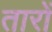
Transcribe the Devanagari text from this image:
तारों